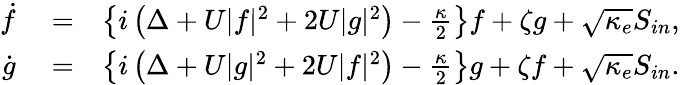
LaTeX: \begin{array}{rlr}{\dot{f}}&{{}=}&{\left\{ i\left(\Delta+U|f|^{2}+2U|g|^{2}\right)-\frac{\kappa}{2}\right\} f+\zeta g+\sqrt{\kappa_{e}}S_{in},}\\ {\dot{g}}&{{}=}&{\left\{ i\left(\Delta+U|g|^{2}+2U|f|^{2}\right)-\frac{\kappa}{2}\right\} g+\zeta f+\sqrt{\kappa_{e}}S_{in}.}\end{array}